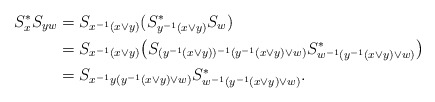
\begin{align*}S_x^*S_{yw}&=S_{x^{-1}(x \vee y)}(S_{y^{-1}(x \vee y)}^*S_{w})\\&=S_{x^{-1}(x \vee y)}\big(S_{(y^{-1}(x\vee y))^{-1}(y^{-1}(x\vee y)\vee w)}S^*_{w^{-1}(y^{-1}(x\vee y)\vee w)}\big)\\&=S_{x^{-1}y(y^{-1}(x\vee y)\vee w)}S^*_{w^{-1}(y^{-1}(x\vee y)\vee w)}.\end{align*}